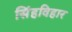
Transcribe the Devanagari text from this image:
सिंहविहार